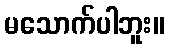
မသောက်ပါဘူး။